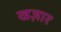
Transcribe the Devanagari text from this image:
खज़ार